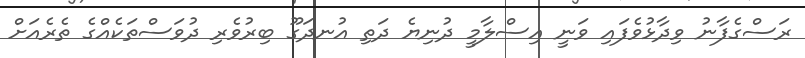
ރަސްގެފާނު ވިދާޅުވެފައި ވަނީ އިސްލާމީ ދުނިޔެ ދަތި އުނދަގޫ ބިރުވެރި ދުވަސްތަކެއްގެ ތެރެއަށް